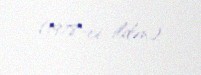
(1978-ci ildən).